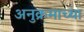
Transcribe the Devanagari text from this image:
अनुक्रमाच्या